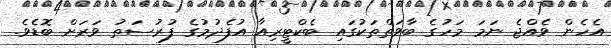
އެހެން ވެއްޖެ ނަމަ މަހުގެ ބާވަތްތަކުގައި ބެކްޓީރިއާ އުފެދުމުގެ ފުރުސަތު ވަރަށް ބޮޑެވެ.